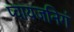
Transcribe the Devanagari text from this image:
प्वायजनिगं